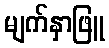
မျက်နှာဖြူ